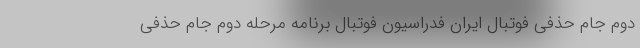
دوم جام حذفی فوتبال ایران فدراسیون فوتبال برنامه مرحله دوم جام حذفی